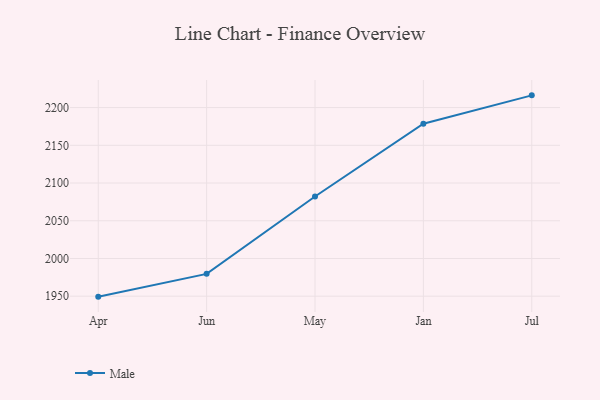
{"axis": {"x": "Month", "y": "Inventory Turnover"}, "legend": ["Male"], "data": [{"x": "Apr", "y": 1949.4, "type": "Male"}, {"x": "Jun", "y": 1979.6, "type": "Male"}, {"x": "May", "y": 2082.2, "type": "Male"}, {"x": "Jan", "y": 2178.5, "type": "Male"}, {"x": "Jul", "y": 2216.2, "type": "Male"}]}